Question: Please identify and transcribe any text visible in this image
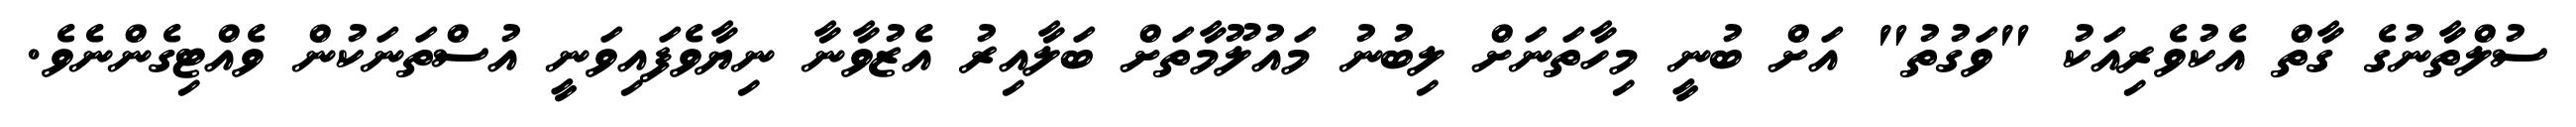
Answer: ސުލްތާނުގެ ގާތް އެކުވެރިއަކު "ވަގުތު" އަށް ބުނީ މިހާތަނަށް ލިބުނު މައުލޫމާތަށް ބަލާއިރު އެޒުވާނާ ނިޔާވެފައިވަނީ އުސްތަނަކުން ވެއްޓިގެންނެވެ.